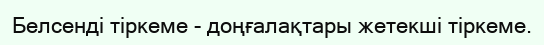
Белсенді тіркеме - доңғалақтары жетекші тіркеме.